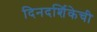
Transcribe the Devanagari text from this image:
दिनदर्शिकेची